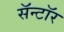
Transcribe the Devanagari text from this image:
सॅन्टॉर